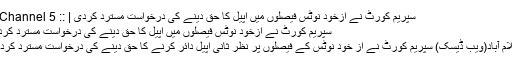
سپریم کورٹ نے ازخود نوٹس فیصلوں میں اپیل کا حق دینے کی درخواست مسترد کردی | :: Channel 5 ::
سپریم کورٹ نے ازخود نوٹس فیصلوں میں اپیل کا حق دینے کی درخواست مسترد کردی
اسلام آباد(ویب ڈیسک) سپریم کورٹ نے از خود نوٹس کے فیصلوں پر نظر ثانی اپیل دائر کرنے کا حق دینے کی درخواست مسترد کردی۔